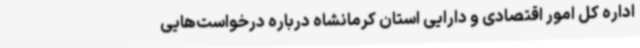
اداره کل امور اقتصادی و دارایی استان کرمانشاه درباره درخواست‌هایی